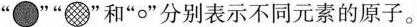
””””和”○”分别表示不同元素的原子。